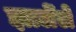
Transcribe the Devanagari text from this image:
झालेंले